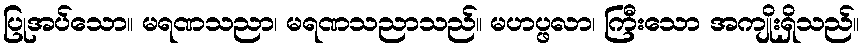
ပြုအပ်သော။ မရဏသညာ၊ မရဏသညာသည်။ မဟပ္ဖလာ၊ ကြီးသော အကျိုးရှိသည်။